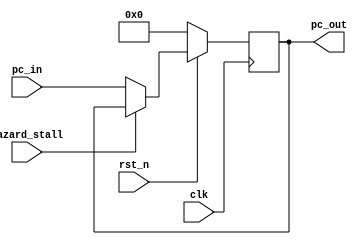
module PC_trunc(
    clk,
    rst_n,
    pc_in,
    pc_out,
    hazard_stall
    );

    input clk;
    input rst_n;
    input [8:0] pc_in;
    input hazard_stall;

    output reg [8:0] pc_out;
    reg [8:0] pc_out_n;

    always@(*) begin
        if(hazard_stall) pc_out_n = pc_out;
        else pc_out_n = pc_in;
    end

    always@(posedge clk)begin
        if(~rst_n) pc_out <= 0;
        else begin
            pc_out <= pc_out_n;
        end
    end
endmodule

module PC(
    clk,
    rst_n,
    pc_in,
    pc_out,
    hazard_stall
    );

    input clk;
    input rst_n;
    input [31:0] pc_in;
    input hazard_stall;

    output reg [31:0] pc_out;
    reg [31:0] pc_out_n;

    always@(*) begin
        if(hazard_stall) pc_out_n = pc_out;
        else pc_out_n = pc_in;
    end

    always@(posedge clk)begin
        if(~rst_n) pc_out <= 0;
        else begin
            pc_out <= pc_out_n;
        end
    end
endmodule